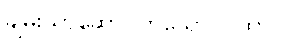
ချမ်းသာဆောင်ဟူသော ဂါထာ။